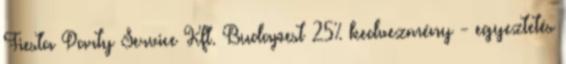
Fiesta Party Service Kft. Budapest 25% kedvezmény - egyeztetés